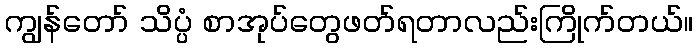
ကျွန်တော် သိပ္ပံ စာအုပ်တွေဖတ်ရတာလည်းကြိုက်တယ်။